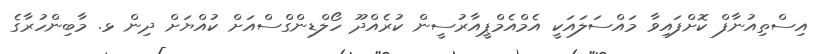
އިސްތިއުނާފް ކޮށްފައިވާ މައްސަލައަކީ އެމްއެމްޕީއާރުސީން ކުރެއްދޫ ހޯލްޑިންގްސްއަށް ކުއްޔަށް ދިން ޅ. މާބިންހުރާގެ